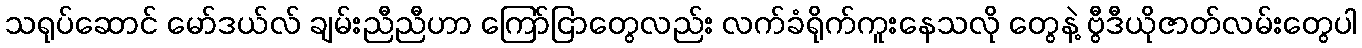
သရုပ်ဆောင် မော်ဒယ်လ် ချမ်းညီညီဟာ ကြော်ငြာတွေလည်း လက်ခံရိုက်ကူးနေသလို တွေနဲ့ ဗွီဒီယိုဇာတ်လမ်းတွေပါ